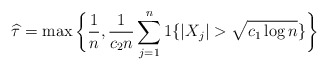
\begin{align*} \widehat{\tau}= \max\bigg\{\frac{1}{n}, \frac{1}{c_2n}\sum_{j=1}^{n}1\{|X_j|> \sqrt{c_1\log n}\}\bigg\}\end{align*}